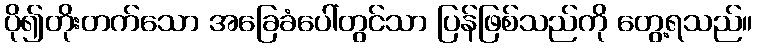
ပို၍တိုးတက်သော အခြေခံပေါ်တွင်သာ ပြန်ဖြစ်သည်ကို တွေ့ရသည်။